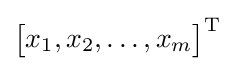
{\begin{bmatrix}x_{1},x_{2},\dots ,x_{m}\end{bmatrix}}^{\rm {T}}